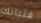
فتياتك